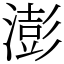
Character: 澎